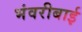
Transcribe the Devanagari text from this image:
भंवरीबाई